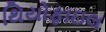
થિયોફાઇલ